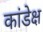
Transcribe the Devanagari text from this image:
कांडेक्ष